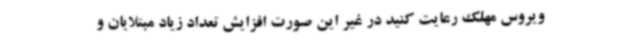
ویروس مهلک رعایت کنید در غیر این صورت افزایش تعداد زیاد مبتلایان و